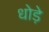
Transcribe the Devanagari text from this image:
धोड़े